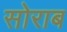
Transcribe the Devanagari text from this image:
सोराब